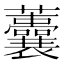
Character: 𧅺